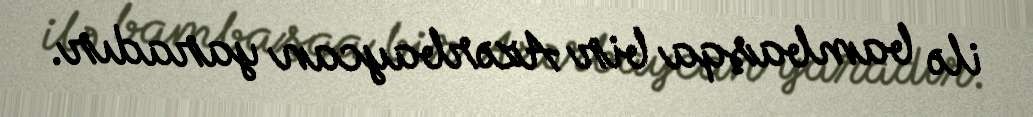
ilə bambaşqa bir Azərbaycan yaradır.